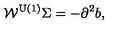
\mathcal { W } ^ { \mathrm { U ( 1 ) } } \Sigma = - \partial ^ { 2 } b ,